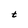
Character: t